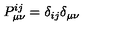
P _ { \mu \nu } ^ { i j } = \delta _ { i j } \delta _ { \mu \nu }